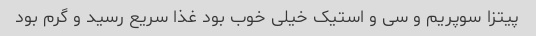
پیتزا سوپریم و سی و استیک خیلی خوب بود غذا سریع رسید و گرم بود